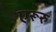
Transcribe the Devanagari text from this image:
एरूरु